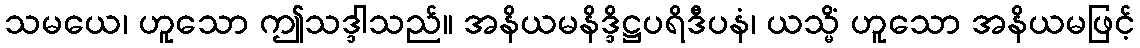
သမယေ၊ ဟူသော ဤသဒ္ဒါသည်။ အနိယမနိဒ္ဒိဋ္ဌပရိဒီပနံ၊ ယသ္မိံ ဟူသော အနိယမဖြင့်